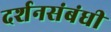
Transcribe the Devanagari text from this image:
दर्शनसंबंधी